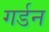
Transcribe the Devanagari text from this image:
गर्डन